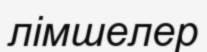
лімшелер